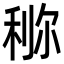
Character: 鿟